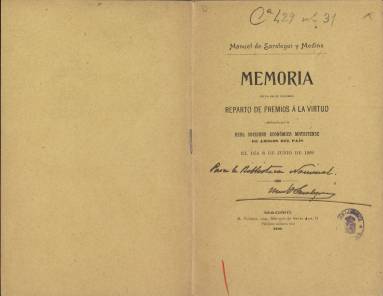
Título: Memoria leída en el solemne reparto de premios a la virtud
Colección: Anuarios e informes
Ámbito geográfico: Madrid
Lugar de publicación: Madrid
Fechas: 01/01/1909-31/12/1910